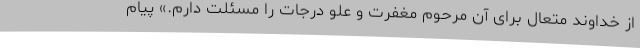
از خداوند متعال برای آن مرحوم مغفرت و علو درجات را مسئلت دارم.» پیام